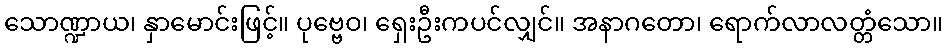
သောဏ္ဍာယ၊ နှာမောင်းဖြင့်။ ပုဗ္ဗေဝ၊ ရှေးဦးကပင်လျှင်။ အနာဂတော၊ ရောက်လာလတ္တံသော။